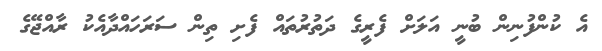
އެ ކުންފުނިން ބުނީ އަލަށް ފެރީގެ ދަތުރުތައް ފެށި ތިން ސަރަހައްދާއެކު ރާއްޖޭގެ